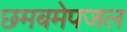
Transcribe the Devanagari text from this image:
छमबमेपजल